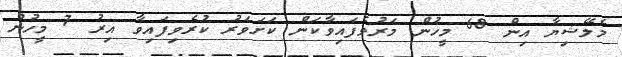
މެލޭޝިޔާ އިން 68 މީހުން މަރުވެފައިވާކަން ކަށަވަރު ކުރެވިފައިވާ އިރު 7 މީހުން